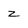
Character: z